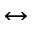
\leftrightarrow